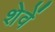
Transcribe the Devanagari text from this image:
शेवें